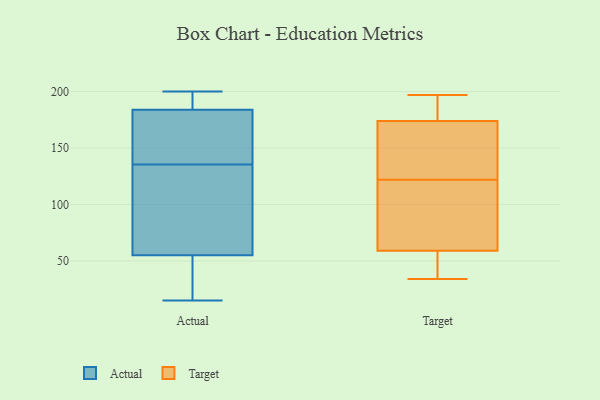
{"axis": {"x": "Budget (USD K)", "y": "Value"}, "legend": ["Actual", "Target"], "data": [{"x": "", "y": 110, "type": "Actual"}, {"x": "", "y": 55, "type": "Actual"}, {"x": "", "y": 21, "type": "Actual"}, {"x": "", "y": 200, "type": "Actual"}, {"x": "", "y": 20, "type": "Actual"}, {"x": "", "y": 115, "type": "Actual"}, {"x": "", "y": 15, "type": "Actual"}, {"x": "", "y": 156, "type": "Actual"}, {"x": "", "y": 170, "type": "Actual"}, {"x": "", "y": 115, "type": "Actual"}, {"x": "", "y": 196, "type": "Actual"}, {"x": "", "y": 190, "type": "Actual"}, {"x": "", "y": 173, "type": "Actual"}, {"x": "", "y": 184, "type": "Actual"}, {"x": "", "y": 160, "type": "Target"}, {"x": "", "y": 73, "type": "Target"}, {"x": "", "y": 196, "type": "Target"}, {"x": "", "y": 111, "type": "Target"}, {"x": "", "y": 174, "type": "Target"}, {"x": "", "y": 43, "type": "Target"}, {"x": "", "y": 133, "type": "Target"}, {"x": "", "y": 197, "type": "Target"}, {"x": "", "y": 59, "type": "Target"}, {"x": "", "y": 34, "type": "Target"}]}